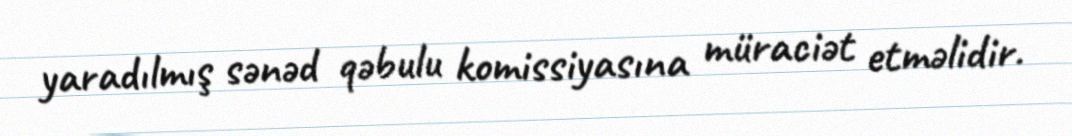
yaradılmış sənəd qəbulu komissiyasına müraciət etməlidir.